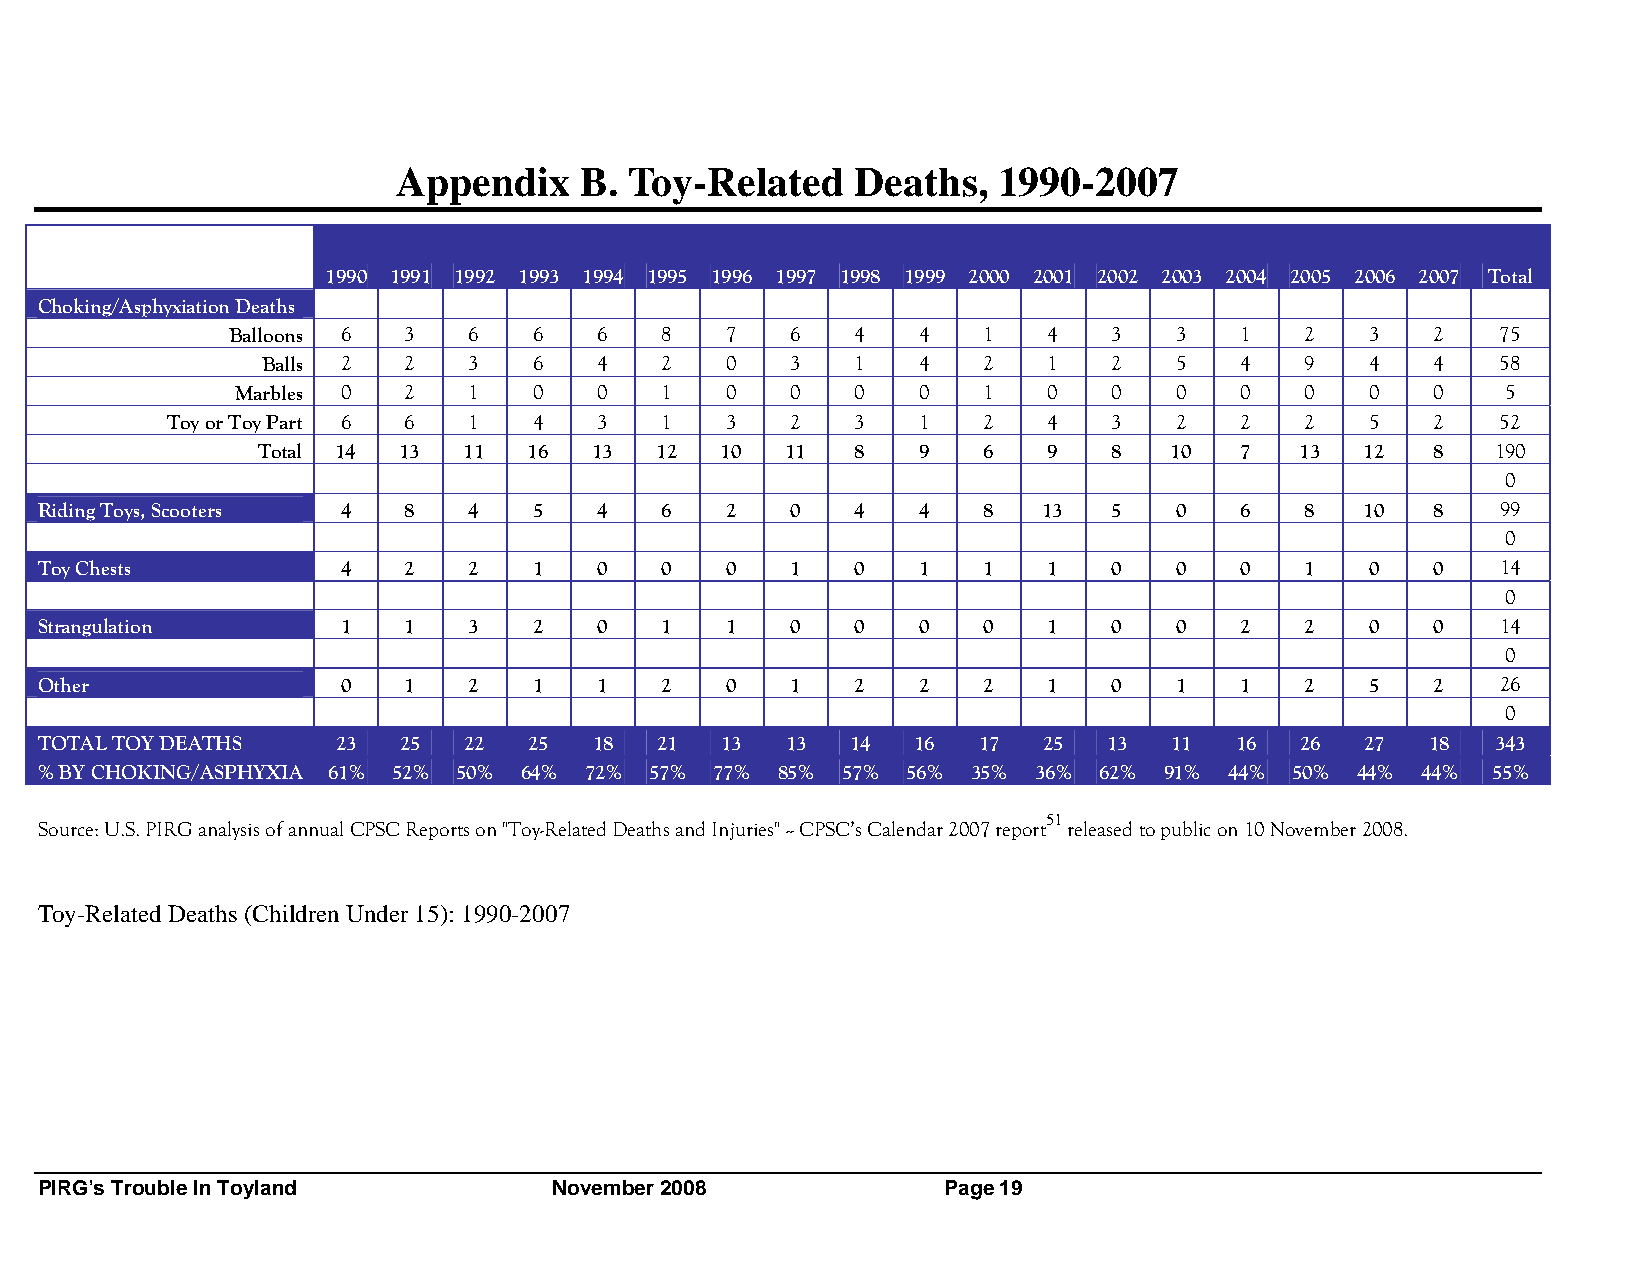
Appendix    B.  Toy-Related    Deaths,  1990-2007
 1990 1991 1992 1993 1994 1995 1996 1997 1998 1999 2000 2001 2002 2003 2004 2005 2006 2007 Total
 Choking/Asphyxiation Deaths
 Balloons 6  3   6   6    6   8   7   6    4   4   1   4    3   3   1   2    3   2   75
 Balls 2   2   3   6    4   2   0   3    1   4   2   1    2   5   4   9    4   4   58
 Marbles 0  2   1   0    0   1   0   0    0   0   1   0    0   0   0   0    0   0    5
 Toy or Toy Part 6 6 1   4    3   1   3   2    3   1   2   4    3   2   2   2    5   2   52
 Total 14 13   11  16  13  12   10  11   8   9   6   9    8   10  7   13  12   8   190
 0
 Riding Toys, Scooters 4  8   4   5    4   6   2   0    4   4   8   13   5   0   6   8   10   8   99
 0
 Toy Chests           4   2   2   1    0   0   0   1    0   1   1   1    0   0   0   1    0   0   14
 0
 Strangulation        1   1   3   2    0   1   1   0    0   0   0   1    0   0   2   2    0   0   14
 0
 Other                0   1   2   1    1   2   0   1    2   2   2   1    0   1   1   2    5   2   26
 0
 TOTAL TOY DEATHS    23  25   22  25  18  21   13  13  14  16   17  25  13   11  16  26  27   18  343
 % BY CHOKING/ASPHYXIA 61% 52% 50% 64% 72% 57% 77% 85% 57% 56% 35% 36%  62% 91% 44%  50% 44% 44%  55%
 51
 Source: U.S. PIRG analysis of annual CPSC Reports on "Toy-Related Deaths and Injuries" -- CPSC’s Calendar 2007 report released to public on 10 November 2008.
 Toy-Related Deaths (Children Under 15): 1990-2007
 PIRG’s Trouble In Toyland          November 2008             Page 19